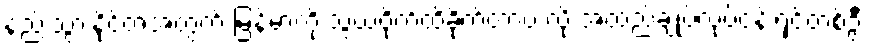
နည်းသွားနိုင်တဲ့အတွက် မြန်မာကို သွယ်ဝိုက်ထိခိုက်တာပဲ လို့ အထည်ချုပ်လုပ်ငန်းရှင်တစ်ဦး